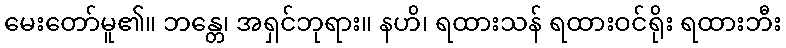
မေးတော်မူ၏။ ဘန္တေ၊ အရှင်ဘုရား။ နဟိ၊ ရထားသန် ရထားဝင်ရိုး ရထားဘီး